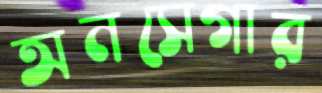
অনসেগার